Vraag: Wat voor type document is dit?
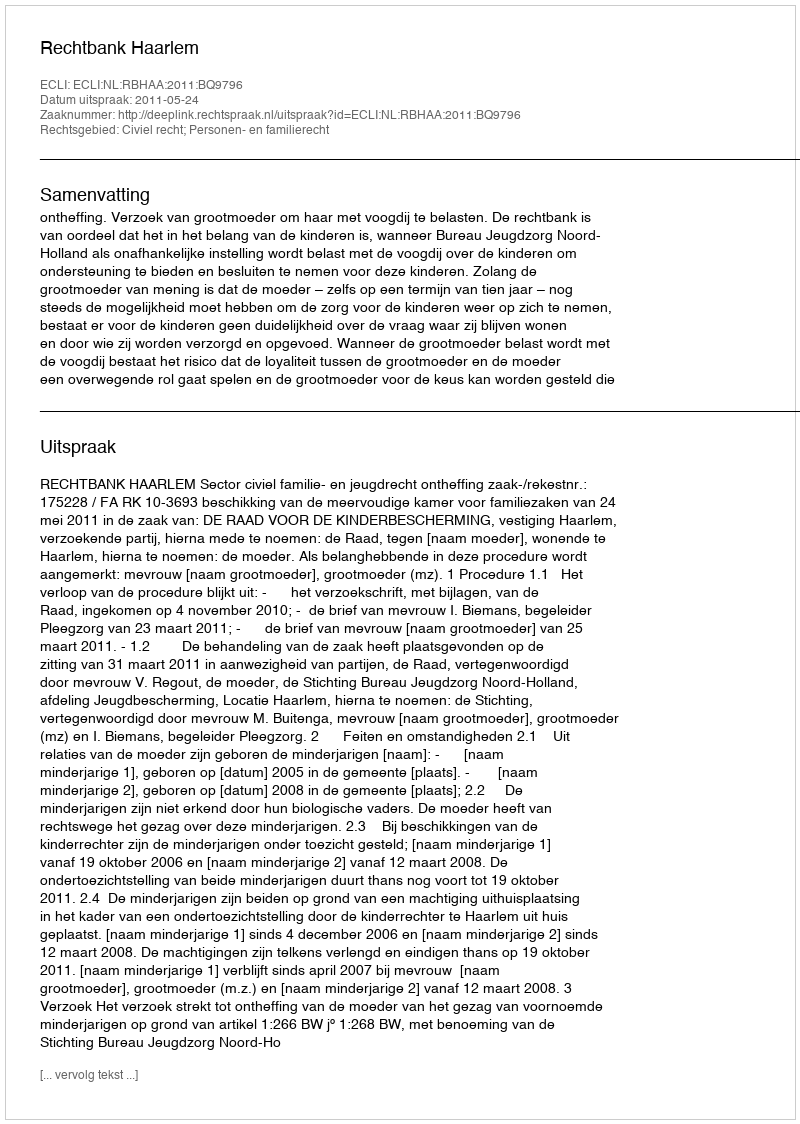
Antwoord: Uitspraak